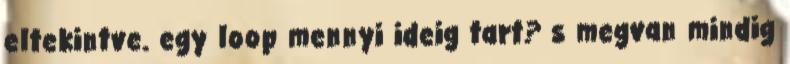
eltekintve. egy loop mennyi ideig tart? s megvan mindig